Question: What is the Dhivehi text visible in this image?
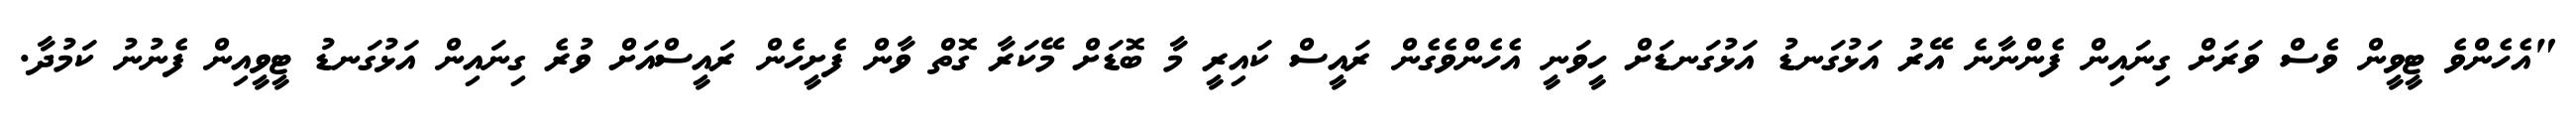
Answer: "އެހެންވެ ޓީވީން ވެސް ވަރަށް ގިނައިން ފެންނާނެ އޭރު އަޅުގަނޑު އަޅުގަނޑަށް ހީވަނީ އެހެންވެގެން ރައީސް ކައިރީ މާ ބޮޑަށް މޭކަރާ ގޮތް ވާން ފެށީހެން ރައީސްއަށް ވުރެ ގިނައިން އަޅުގަނޑު ޓީވީއިން ފެނުނު ކަމުދާ.